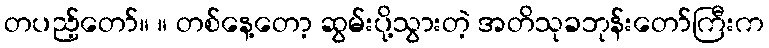
တပည့်တော်။ ။ တစ်နေ့တော့ ဆွမ်းပို့သွားတဲ့ အတိသုခဘုန်းတော်ကြီးက